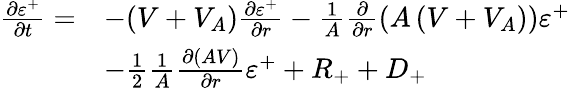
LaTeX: \begin{array}{rl}{\frac{\partial\varepsilon^{+}}{\partial t}=}&{-(V+V_{A})\frac{\partial\varepsilon^{+}}{\partial r}-\frac{1}{A}\frac{\partial}{\partial r}\left(A\left(V+V_{A}\right)\right)\varepsilon^{+}}\\ &{-\frac{1}{2}\frac{1}{A}\frac{\partial(AV)}{\partial r}\varepsilon^{+}+R_{+}+D_{+}}\end{array}